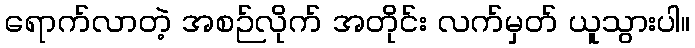
ရောက်လာတဲ့ အစဉ်လိုက် အတိုင်း လက်မှတ် ယူသွားပါ။